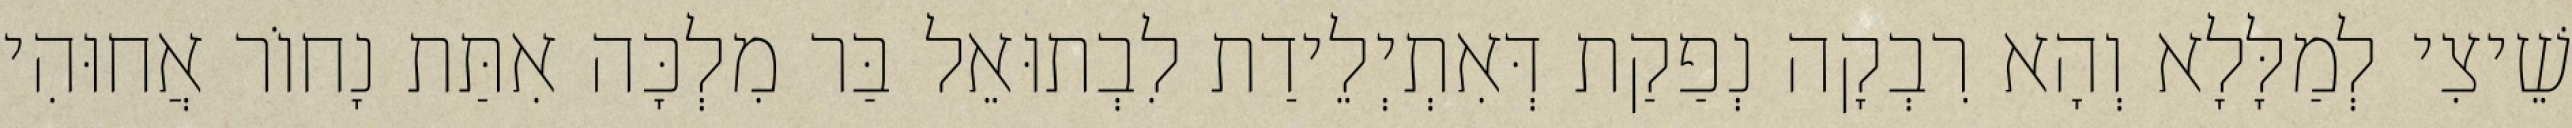
שֵׁיצִי לְמַלָּלָא וְהָא רִבְקָה נְפַקַת דְּאִתְיְלֵידַת לִבְתוּאֵל בַּר מִלְכָּה אִתַּת נָחוֹר אֲחוּהִי